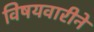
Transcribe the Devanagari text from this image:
विषयवारीने